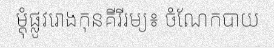
ម្តុំផ្លូវរោងកុនគីរីរម្យ៖ ចំណែកបាយ